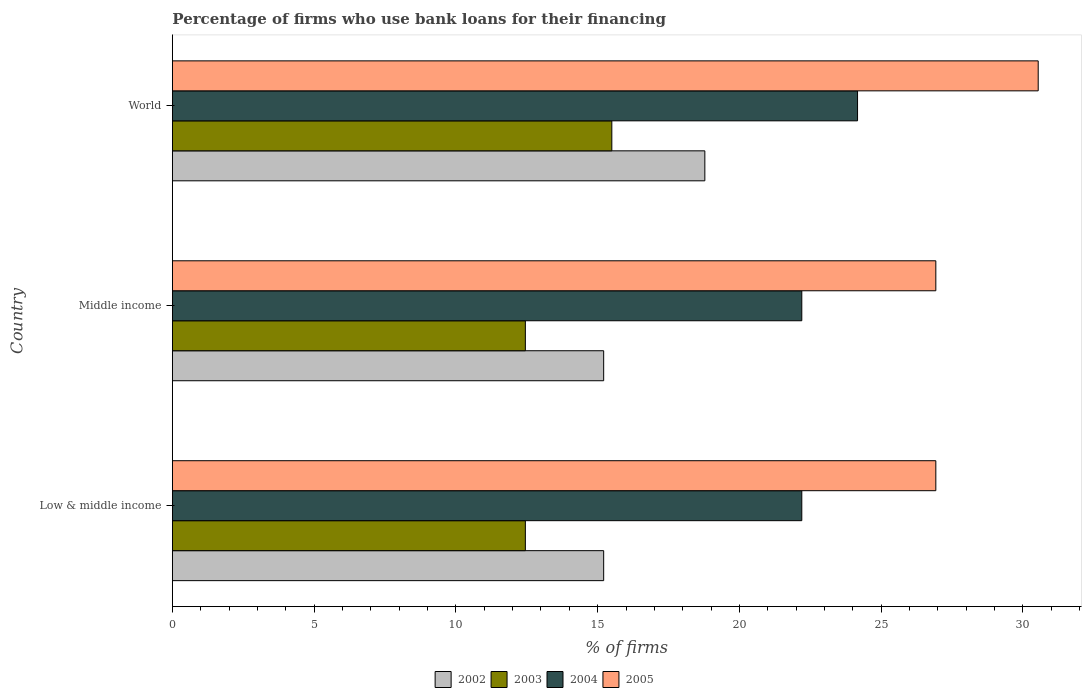
| Country | 2002 | 2003 | 2004 | 2005 |
 | --- | --- | --- | --- | --- |
 | Low & middle income | 15.2 | 12.4 | 22.2 | 26.9 |
 | Middle income | 15.2 | 12.4 | 22.2 | 26.9 |
 | World | 18.8 | 15.5 | 24.2 | 30.5 |